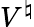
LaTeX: V^{\natural}